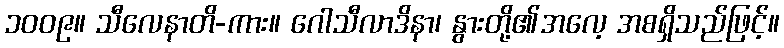
၁၀၀၉။ သီလေနာတိ-ကား။ ဂေါသီလာဒိနာ၊ နွားတို့၏အလေ့ အစရှိသည်ဖြင့်။